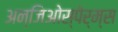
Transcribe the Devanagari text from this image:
अन्जिओस्पेर्म्स